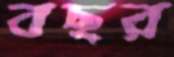
বছর